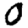
Digit: 0